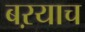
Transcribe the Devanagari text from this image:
बऱयाच